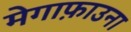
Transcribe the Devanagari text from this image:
मेगाफ़ाउना